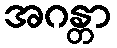
အဂန္တာ